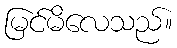
မြင်မိလေသည်။